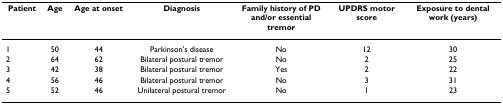
| Patient | Age | Age at onset | Diagnosis | Family history of PD and/or essential tremor | UPDRS motor score | Exposure to dental work (years) |
 | --- | --- | --- | --- | --- | --- | --- |
 | 1 | 50 | 44 | Parkinson's disease | No | 12 | 30 |
 | 2 | 64 | 62 | Bilateral postural tremor | No | 2 | 25 |
 | 3 | 42 | 38 | Bilateral postural tremor | Yes | 2 | 22 |
 | 4 | 56 | 46 | Bilateral postural tremor | No | 3 | 31 |
 | 5 | 52 | 46 | Unilateral postural tremor | No | 1 | 23 |